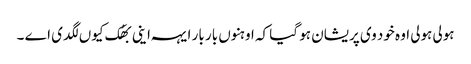
ہولی ہولی اوہ خود وی پریشان ہو گیا کہ اوہنوں بار بار ایہہ اینی بھُک کیوں لگدی اے ۔